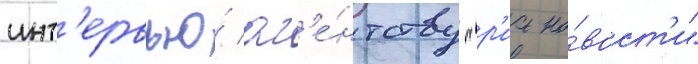
инт'ервью́ аг'е́нтству "р'иа но́вост'и"